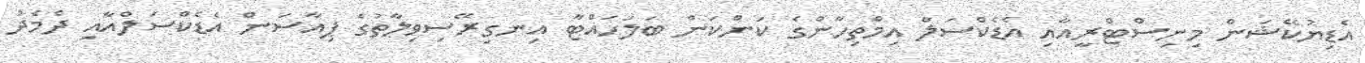
އެޑިޔުކޭޝަން މިނިސްޓްރީއާއި އެޑެކްސަލް އިމްތިހާންގެ ކަންކަން ބަލަހައްޓާ އިނގިރޭސިވިލާތުގެ ޕިއާސަން އެޑެކްސަލްއާއި ދެމެދު